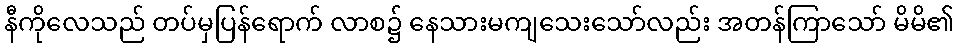
နီကိုလေသည် တပ်မှပြန်ရောက် လာစ၌ နေသားမကျသေးသော်လည်း အတန်ကြာသော် မိမိ၏